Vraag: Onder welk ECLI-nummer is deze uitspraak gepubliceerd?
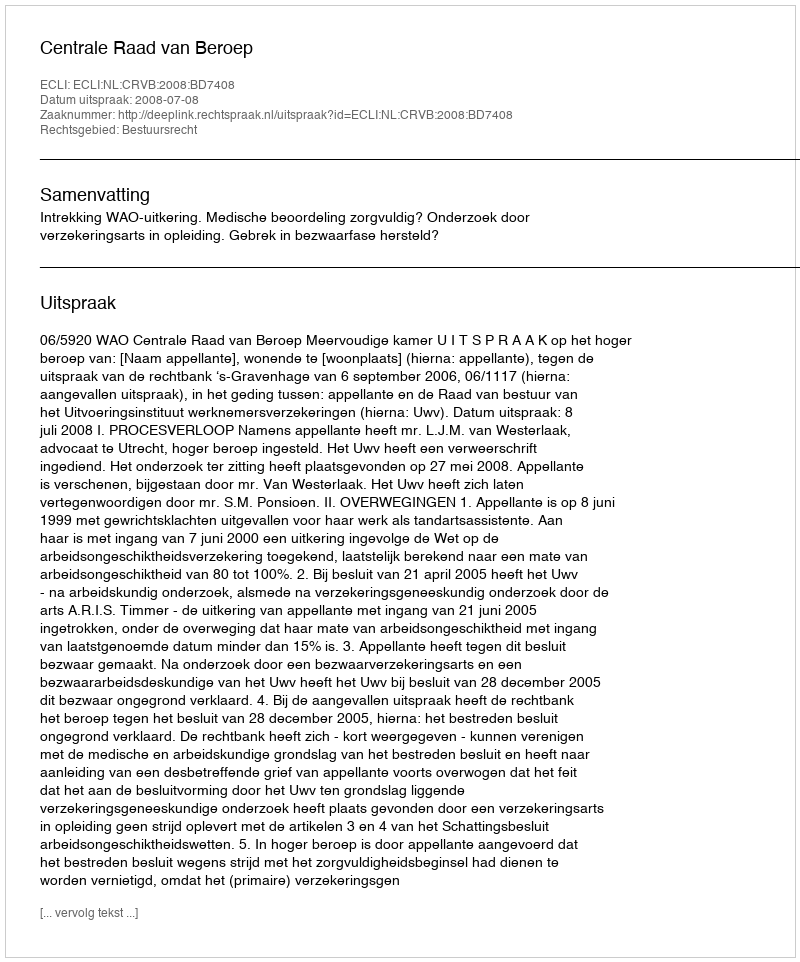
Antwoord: ECLI:NL:CRVB:2008:BD7408